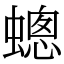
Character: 蟌